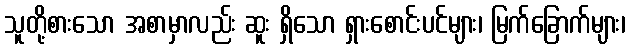
သူတို့စားသော အစာမှာလည်း ဆူး ရှိသော ရှားစောင်းပင်များ၊ မြက်ခြောက်များ၊